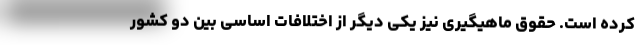
کرده است. حقوق ماهیگیری نیز یکی دیگر از اختلافات اساسی بین دو کشور